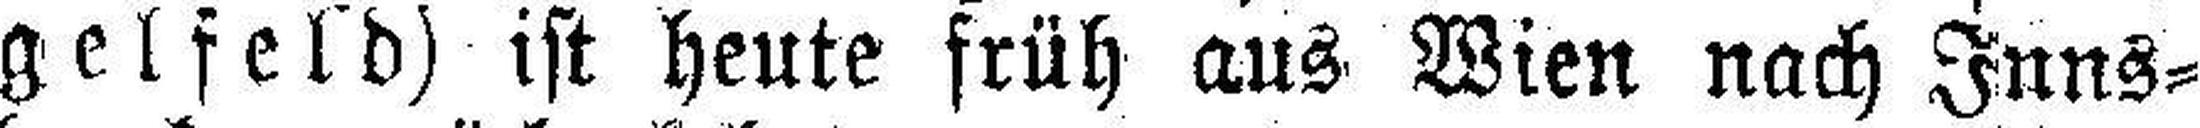
gelfeld) ist heute früh aus Wien nach Inns¬